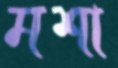
মশা